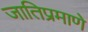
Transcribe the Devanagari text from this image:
जातिप्रमाणे